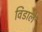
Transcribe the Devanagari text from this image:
विडाले